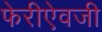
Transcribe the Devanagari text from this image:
फेरीऐवजी